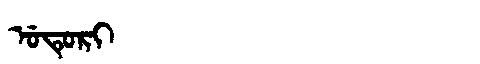
Manchu: ᡠᡨᡠᡵᡳ
Romanization: UTURI